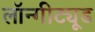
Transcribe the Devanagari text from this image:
लॉन्गीट्यूड